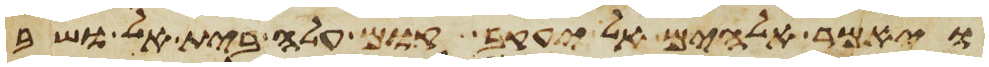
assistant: ויאמר אלהים אל יעקב קום עלה בית אל ושב